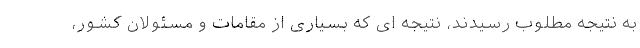
به نتیجه مطلوب رسیدند، نتیجه ای که بسیاری از مقامات و مسئولان کشور،